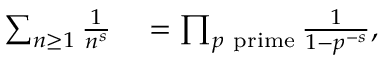
\begin{array} { r l } { \sum _ { n \geq 1 } { \frac { 1 } { n ^ { s } } } } & { { } = \prod _ { p { \mathrm { ~ p r i m e } } } { \frac { 1 } { 1 - p ^ { - s } } } , } \end{array}